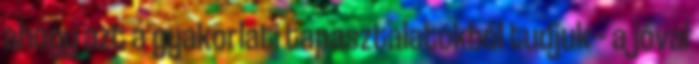
ahogy azt a gyakorlati tapasztalatokból tudjuk – a jóval